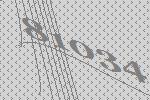
81034